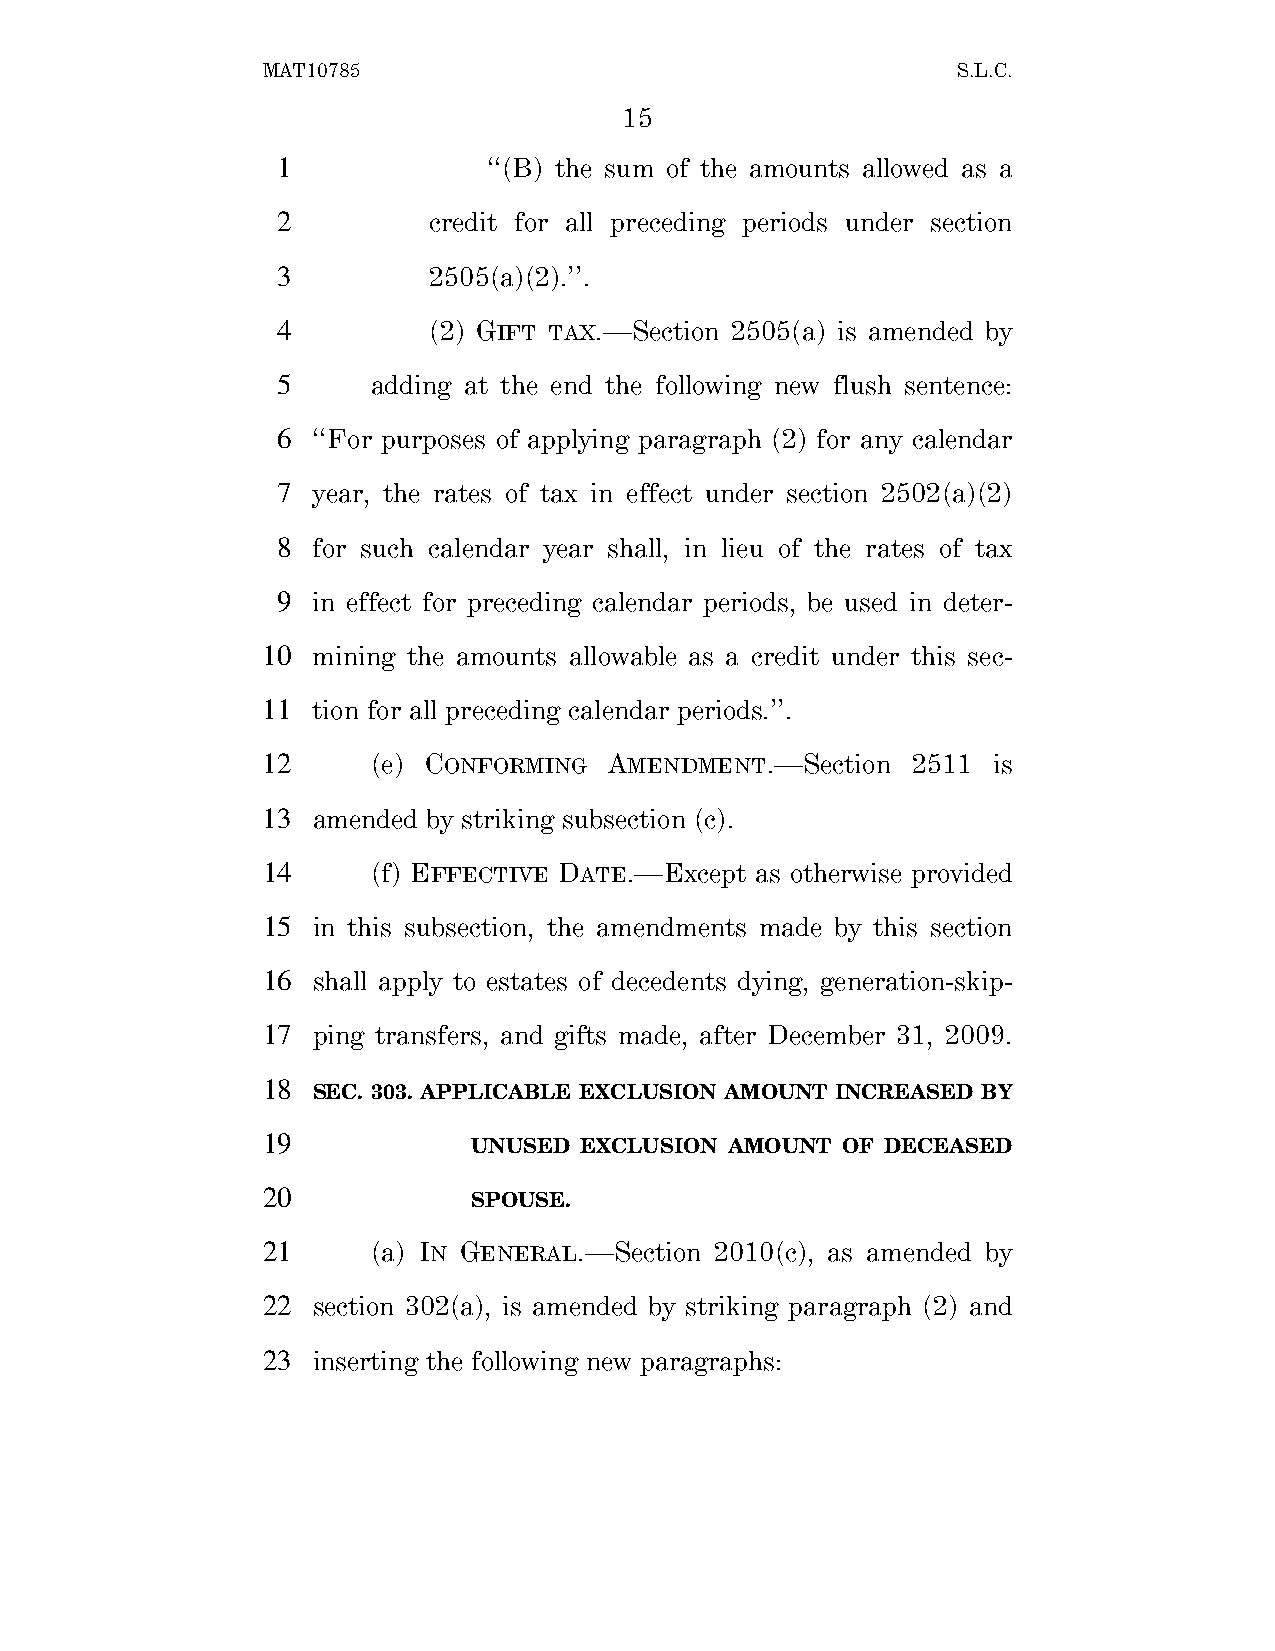
MAT10785                                      S.L.C.
 15
 1             ‘‘(B) the sum of the amounts allowed as a
 2         credit for all preceding periods under section
 3         2505(a)(2).’’.
 4         (2) GIFT TAX.—Section 2505(a) is amended by
 5      adding at the end the following new flush sentence:
 6  ‘‘For purposes of applying paragraph (2) for any calendar
 7  year, the rates of tax in effect under section 2502(a)(2)
 8  for such calendar year shall, in lieu of the rates of tax
 9  in effect for preceding calendar periods, be used in deter-
 10  mining the amounts allowable as a credit under this sec-
 11  tion for all preceding calendar periods.’’.
 12      (e) CONFORMING AMENDMENT.—Section  2511  is
 13  amended by striking subsection (c).
 14      (f) EFFECTIVE DATE.—Except as otherwise provided
 15  in this subsection, the amendments made by this section
 16  shall apply to estates of decedents dying, generation-skip-
 17  ping transfers, and gifts made, after December 31, 2009.
 18
 SEC. 303. APPLICABLE EXCLUSION AMOUNT INCREASED BY
 19
 UNUSED EXCLUSION AMOUNT  OF DECEASED
 20
 SPOUSE.
 21      (a) IN GENERAL.—Section 2010(c), as amended by
 22  section 302(a), is amended by striking paragraph (2) and
 23  inserting the following new paragraphs: